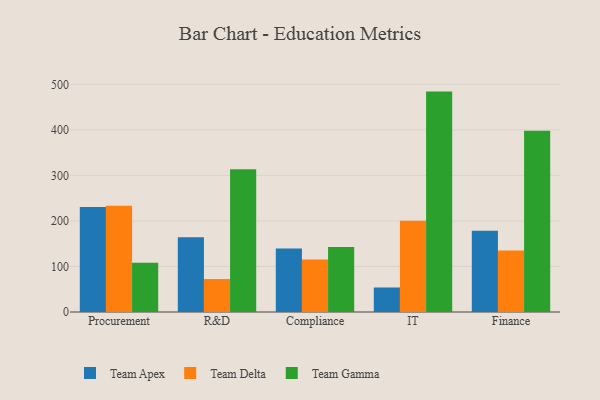
{"axis": {"x": "Department", "y": "Churn Rate (%)"}, "legend": ["Team Apex", "Team Delta", "Team Gamma"], "data": [{"x": "Procurement", "y": 230.4, "type": "Team Apex"}, {"x": "Procurement", "y": 233.2, "type": "Team Delta"}, {"x": "Procurement", "y": 108.2, "type": "Team Gamma"}, {"x": "R&D", "y": 164.1, "type": "Team Apex"}, {"x": "R&D", "y": 72.4, "type": "Team Delta"}, {"x": "R&D", "y": 313.5, "type": "Team Gamma"}, {"x": "Compliance", "y": 139.7, "type": "Team Apex"}, {"x": "Compliance", "y": 115.5, "type": "Team Delta"}, {"x": "Compliance", "y": 142.9, "type": "Team Gamma"}, {"x": "IT", "y": 53.8, "type": "Team Apex"}, {"x": "IT", "y": 200.2, "type": "Team Delta"}, {"x": "IT", "y": 484.0, "type": "Team Gamma"}, {"x": "Finance", "y": 178.6, "type": "Team Apex"}, {"x": "Finance", "y": 135.1, "type": "Team Delta"}, {"x": "Finance", "y": 398.1, "type": "Team Gamma"}]}